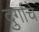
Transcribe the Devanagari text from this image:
दुर्गाचे